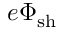
e \Phi _ { \mathrm { s h } }